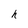
Character: h